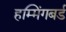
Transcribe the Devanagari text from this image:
हम्मिंगबर्ड